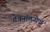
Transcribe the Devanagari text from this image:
टेक्नॉलजीएंड